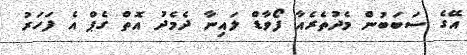
އޭގެ ސަބަބުން މެދުތެރެއާ ފޯވާޑް ލައިނާ ދެމެދު އޮތް ގެޕް އެ ފަހަރު